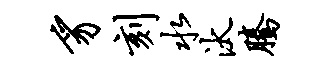
豸刻水汰腾